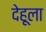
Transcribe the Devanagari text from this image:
देहूला